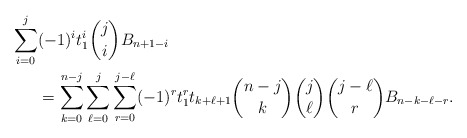
\begin{align*}\sum_{i=0}^j &(-1)^it_1^i\binom{j}{i}B_{n+1-i}\\&=\sum_{k=0}^{n-j}\sum_{\ell=0}^j \sum_{r=0}^{j-\ell} (-1)^rt_1^rt_{k+\ell+1}\binom{n-j}{k}\binom{j}{\ell}\binom{j-\ell}{r}B_{n-k-\ell-r}.\end{align*}